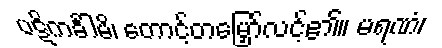
ပဋိကင်္ခါမိ၊ တောင့်တမြှော်လင့်၏။ မရဏံ၊